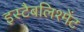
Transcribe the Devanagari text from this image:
इस्टैबलिश्मेंट